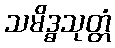
သမိဒ္ဓသုတ္တံ